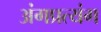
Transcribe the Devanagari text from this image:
अंगप्रत्यंग